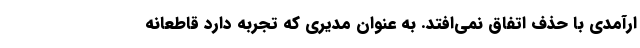
ارآمدی با حذف اتفاق نمی‌افتد. به عنوان مدیری که تجربه دارد قاطعانه